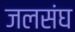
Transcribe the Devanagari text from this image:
जलसंघ